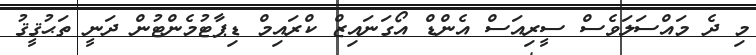
މި ދެ މައްސަލަވެސް ސީރިއަސް އެންޑް އޯގަނައިޒް ކްރައިމް ޑިޕާޓުމެންޓުން ދަނީ ތަޙުޤީޤު